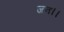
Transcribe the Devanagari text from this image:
जन।।